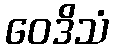
ဝေဒိသံ